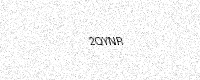
Text: 2QYNR